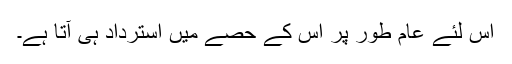
اس لئے عام طور پر اس کے حصے میں استرداد ہی آتا ہے۔